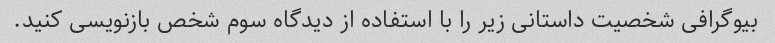
بیوگرافی شخصیت داستانی زیر را با استفاده از دیدگاه سوم شخص بازنویسی کنید.